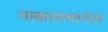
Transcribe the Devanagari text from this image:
नाकारल्यानंतर